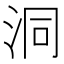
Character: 洞